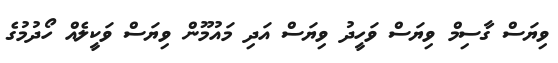
ވިޔަސް ގާސިމް ވިޔަސް ވަހީދު ވިޔަސް އަދި މައުމޫން ވިޔަސް ވަކީލެއް ހޯދުމުގެ